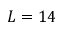
L = 1 4